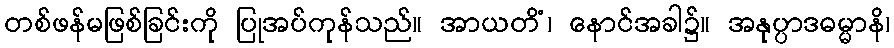
တစ်ဖန်မဖြစ်ခြင်းကို ပြုအပ်ကုန်သည်။ အာယတိံ၊ နောင်အခါ၌။ အနုပ္ပာဒဓမ္မာနိ၊